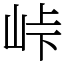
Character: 峠